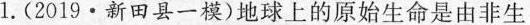
1.(2019·新田县一模)地球上的原始生命是由非生